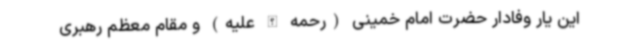
این یار وفادار حضرت امام خمینی (رحمه الله علیه) و مقام معظم رهبری